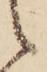
候